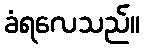
ခံရလေသည်။